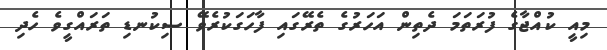
މިއީ ކުއްޖާގެ ފުރަތަމަ ދެތިން އަހަރުގެ ތެރޭގައި ފާހަގަކުރެވޭ ސިކުނޑި ތަރައްގީވެ ހެދި